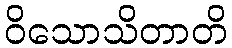
ဝိသောသိတာတိ